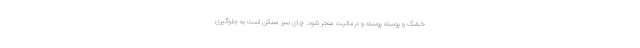
خشک و پوسته پوسته و درماتیت منجر شود. چای سبز ممکن است به جلوگیری